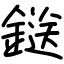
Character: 鎹